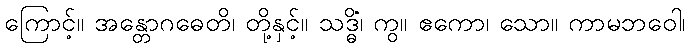
ကြောင့်။ အန္တောဂဓေတိ၊ တို့နှင့်။ သဒ္ဓိံ၊ ကွ။ ဧကော၊ သော။ ကာမဘဝေါ၊